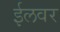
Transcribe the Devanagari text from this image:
ईलवर